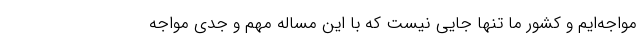
مواجه‌ایم و کشور ما تنها جایی نیست که با این مساله مهم و جدی مواجه